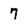
Character: 7